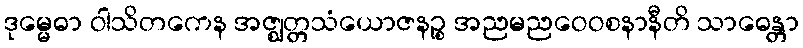
ဒုမ္မေဓာ ဝါသိတကေန အဇ္ဈတ္တသံယောဇနဉ္စ အညမညဝေဝစနာနီတိ သာဓေန္တာ